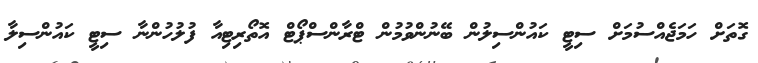
ގޮތަށް ހަމަޖެއްސުމަށް ސިޓީ ކައުންސިލުން ބޭނުންވުމުން ޓްރާންސްޕޯޓް އޮތޯރިޓިއާ ފުލުހުންނާ ސިޓީ ކައުންސިލާ